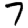
Digit: 7